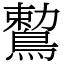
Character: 𪃠